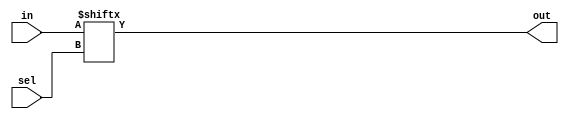
`timescale 1ns / 1ps
//////////////////////////////////////////////////////////////////////////////////
// Company: 
// Engineer: 
// 
// Design Name: 
// Module Name: MUX_BH_16x1
// Project Name: 
// Target Devices: 
// Tool Versions: 
// Description: 
// 
// Dependencies: 
// 
// Revision:
// Revision 0.01 - File Created
// Additional Comments:
// 
//////////////////////////////////////////////////////////////////////////////////


module MUX_BH_16x1(
    input[15:0] in,
    input[3:0] sel,
    output out
    );
    
    //in is a 16 bit array, select line is used as index
    assign out = in[sel];
endmodule